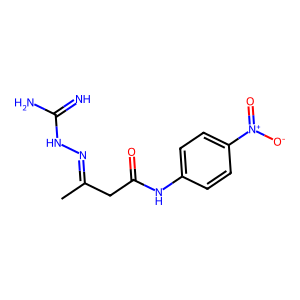
SMILES: CC(CC(=O)Nc1ccc([N+](=O)[O-])cc1)=NNC(=N)N
Inhibits HIV replication: No